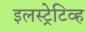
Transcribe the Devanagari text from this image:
इलस्ट्रेटिव्ह